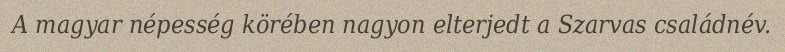
A magyar népesség körében nagyon elterjedt a Szarvas családnév.